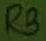
Text: R3